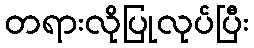
တရားလိုပြုလုပ်ပြီး